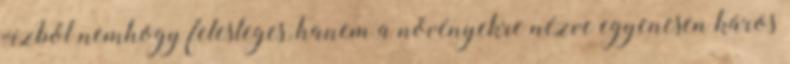
vízből nemhogy felesleges, hanem a növényekre nézve egyenesen káros